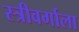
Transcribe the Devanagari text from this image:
स्त्रीवर्गाला